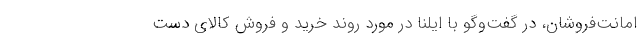
امانت‌فروشان، در گفت‌وگو با ایلنا در مورد روند خرید و فروش کالای دست